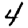
Digit: 4